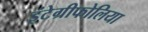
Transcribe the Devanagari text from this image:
इंटेग्रीफोलिया